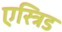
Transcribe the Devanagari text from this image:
एस्त्रिड